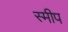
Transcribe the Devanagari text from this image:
स्मीप